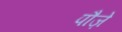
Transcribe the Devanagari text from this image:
पौज़े